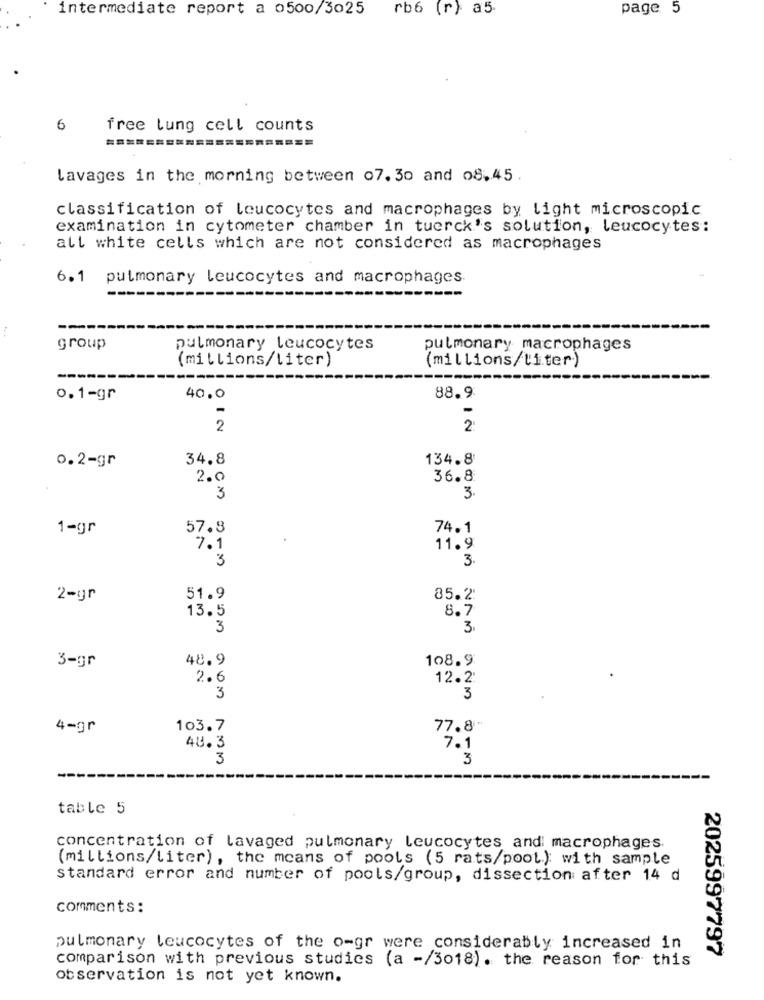
intermediate report a 0500/3025
rb6 (r) a5.
page 5
6
free lung cell counts
Lavages in the morning between 07. 30 and 08.45
classification of leucocytes and macrophages by light microscopic
examination in cytometer chamber in tuerck's solution, leucocytes:
all white cells which are not considered as macrophages
6.1 pulmonary leucocytes and macrophages
-----------------
--------------------
group
pulmonary leucocytes
pulmonary macrophages
(millions/liter)
(millions/liter)
----
0.1-gr
40.0
88.9
-
2
2
34.8
134.8
0.2-gr
2.0
36.8
3
3.
1-gr
57.8
74.1
7.1
11.9
3
3.
2-gr
51.9
85.2
13.5
8.7
3
3
48.9
108.9
3-gr
2.6
12.2
3
3
4-gr
103.7
77.8"
48.3
7.1
3
3
table 5
concentration of lavaged pulmonary leucocytes and macrophages.
(millions/liter), the means of pools (5 rats/pool.); with sample
standard error and number of pools/group, dissection after 14 d
comments:
pulmonary leucocytes of the o-gr were considerably increased in
2025997797
comparison with previous studies (a -/3018). the reason for this
observation is not yet known.